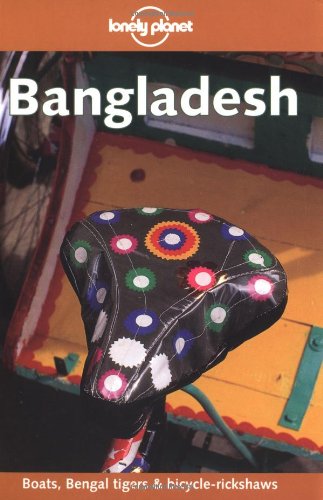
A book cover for Lonely Planet Bangladesh; Richard Plunkett; Travel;